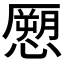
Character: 𭞨